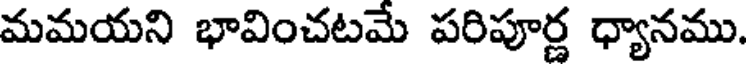
మమయని భావించటమే పరిపూర్ణ ధ్యానము.